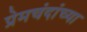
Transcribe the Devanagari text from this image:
प्रेमचंदांच्या